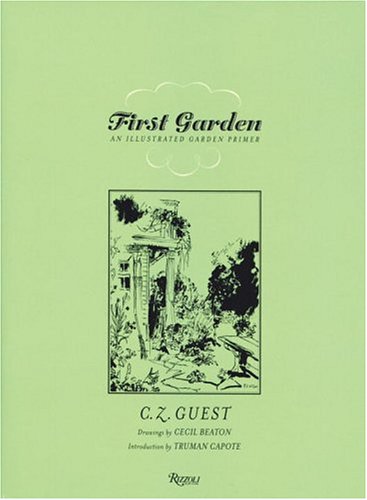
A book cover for First Garden: An Illustrated Garden Primer; Cz Guest; Crafts, Hobbies & Home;